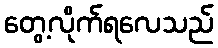
တွေ့လိုက်ရလေသည်